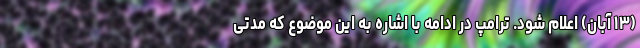
(۱۳ آبان) اعلام شود. ترامپ در ادامه با اشاره به این موضوع که مدتی